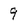
Character: 9